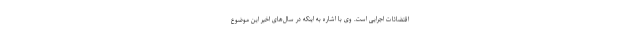
اقتضائات اجرایی است. وی با اشاره به اینکه در سال‌های اخیر این موضوع